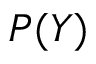
P ( Y )